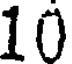
10